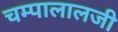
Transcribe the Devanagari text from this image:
चम्पालालजी